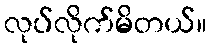
လုပ်လိုက်မိတယ်။